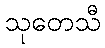
သုတေသီ